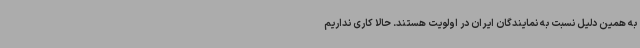
به همین دلیل نسبت به نمایندگان ایران در اولویت هستند. حالا کاری نداریم